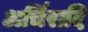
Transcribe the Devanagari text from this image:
अर्चिरादि